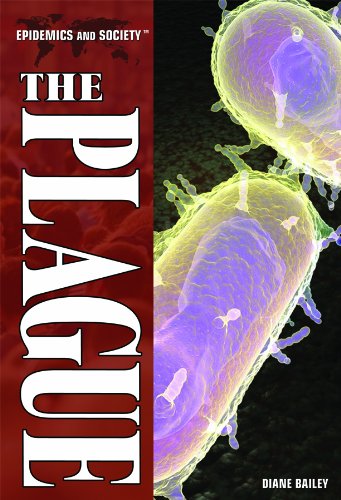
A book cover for The Plague (Epidemics and Society); Diane Bailey; Teen & Young Adult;